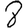
Digit: 8